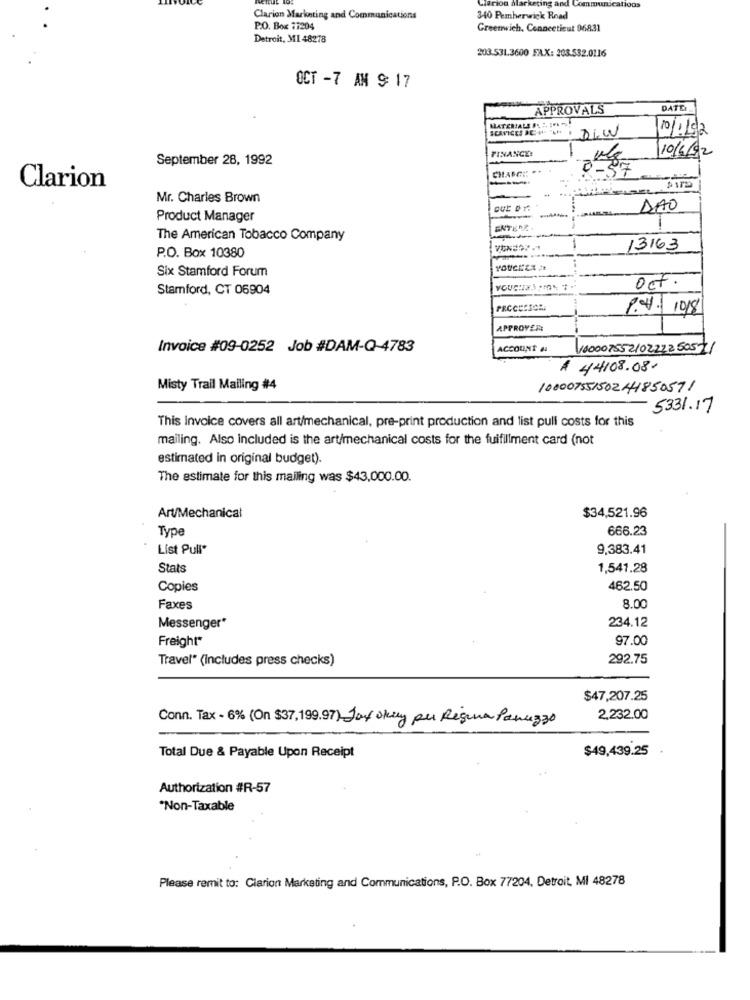
Clarion Marketing an
Communications
Clarion Marketing and Communications
340 Pemberwick Road
P.O. Box 77204
Greenwich, Connecticut 96831
Detroit, MI 48278
203.531.3600 FAX: 203.532.0116
OCT -7 AN 9: 17
APPROVALS
DATE
MATERIALS B. : IO -
SERVICES ACHTLP.
DIW
10/11/2
FINANCE:
10/6/92
September 28, 1992
Kg
CHASE ::
0-57
---
Clarion
Mr. Charles Brown
DAO
Product Manager
ENTERE
-
The American Tobacco Company
1
13163
P.O. Box 10380
Six Stamford Forum
Stamford, CT 06904
Oct.
P.4. 1018
APPROVER
Invoice #09-0252 Job #DAM-Q-4783
ACCOUNT 4
10000755210222250571
A 44108.08-
Misty Trail Mailing #4
10000755150244850591
5331.17
This Invoice covers all art/mechanical, pre-print production and list pull costs for this
mailing. Also included is the art/mechanical costs for the fulfillment card (not
estimated in original budget).
The estimate for this mailing was $43,000.00.
$34,521.96
Art/Mechanical
Type
666.23
List Pull*
9,383.41
Stats
1,541.28
Copies
462.50
Faxes
8.00
234.12
Messenger*
Freight"
97.00
Travel" (includes press checks)
292.75
$47,207.25
Conn. Tax - 6% (On $37,199.97) Jay okuy per Regina Paruzzo
2,232.00
Total Due & Payable Upon Receipt
$49,439.25
Authorization #R-57
*Non-Taxable
Please remit to: Clarion Marketing and Communications, P.O. Box 77204, Detroit, MI 48278